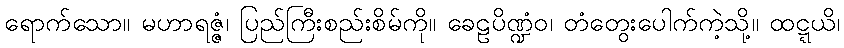
ရောက်သော။ မဟာရဇ္ဇံ၊ ပြည်ကြီးစည်းစိမ်ကို။ ခေဠပိဏ္ဍံဝ၊ တံတွေးပေါက်ကဲ့သို့။ ထဋ္ဋယိ၊